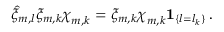
\hat { \xi } _ { m , l } \xi _ { m , k } { \boldsymbol { \chi } } _ { m , k } = \xi _ { m , k } { \boldsymbol { \chi } } _ { m , k } { \mathbf { 1 } } _ { \{ l = l _ { k } \} } \, .